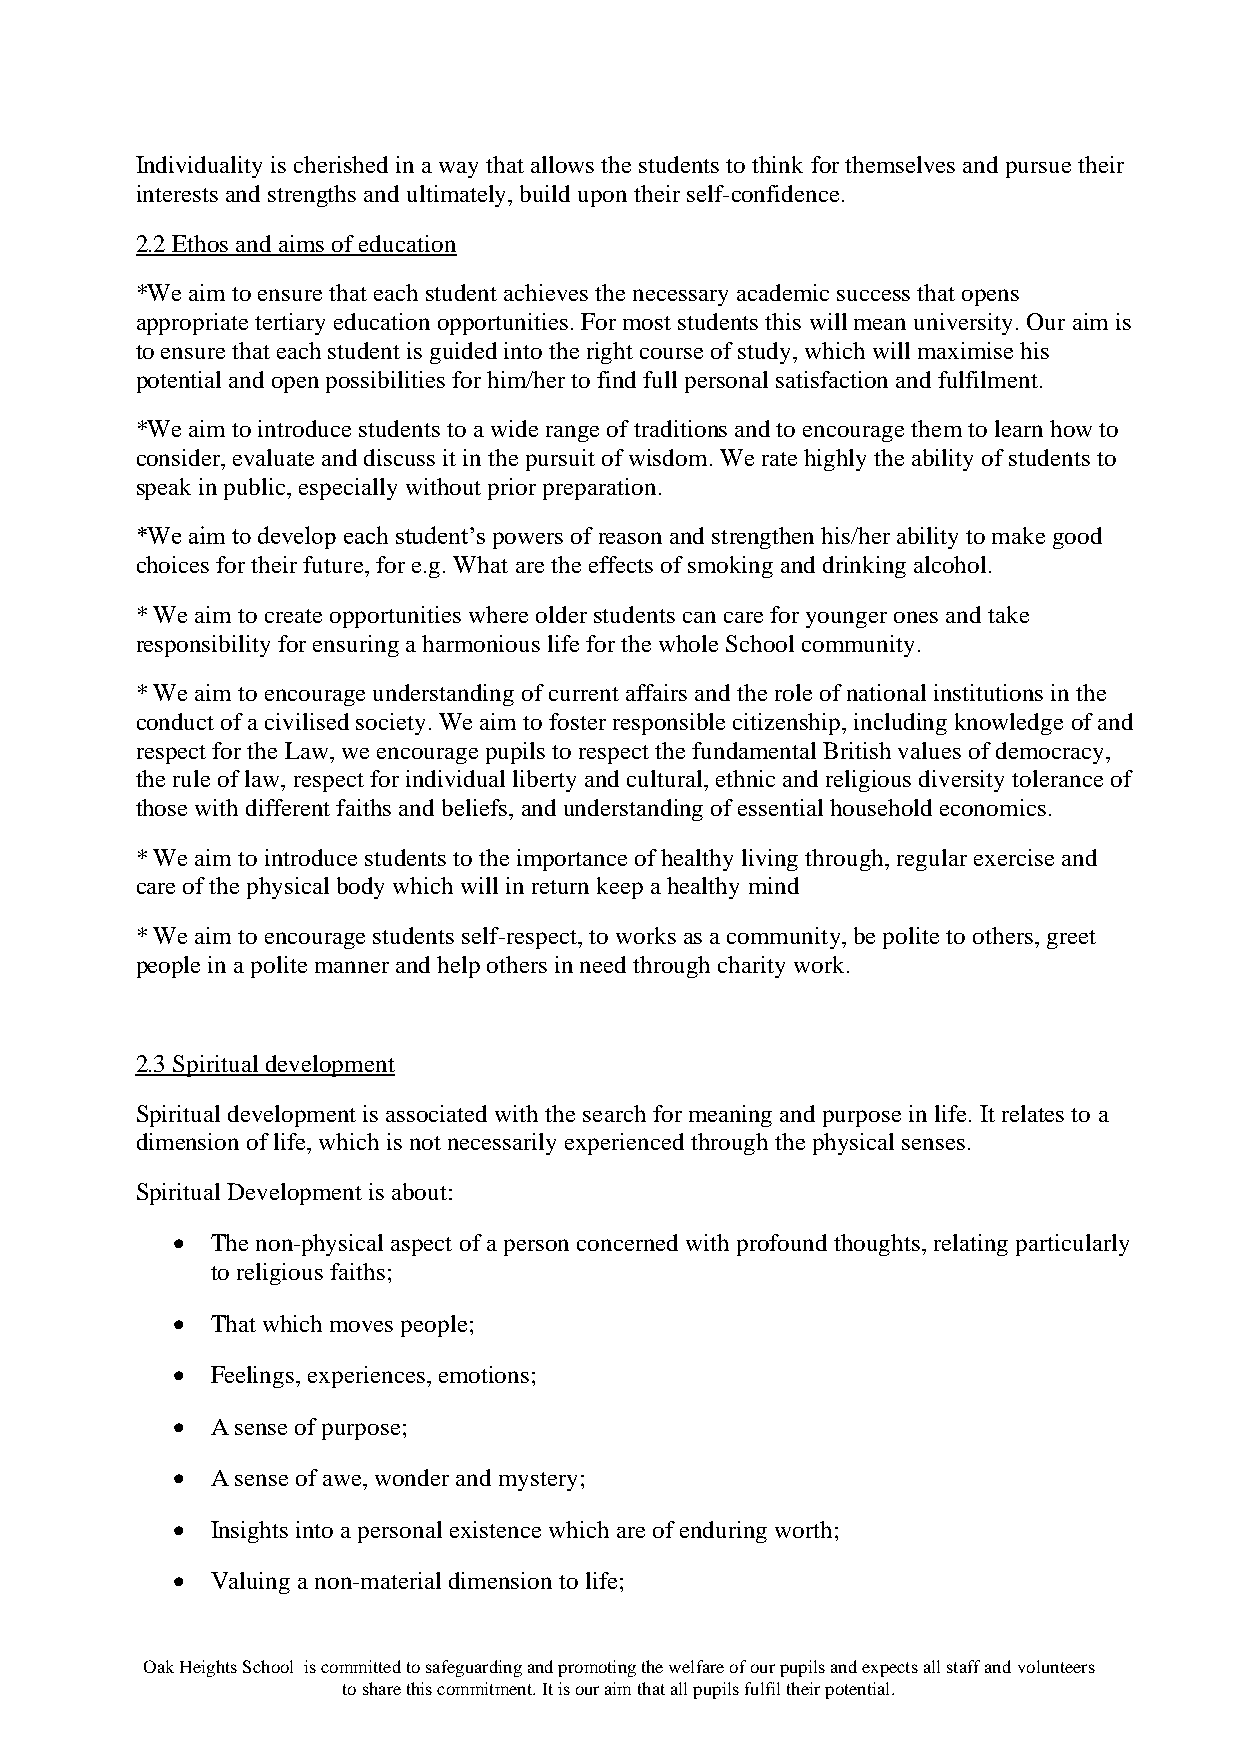
Individuality is cherished in a way that allows the students to think for themselves and pursue their
 interests and strengths and ultimately, build upon their self-confidence.
 2.2 Ethos and aims of education
 *We aim to ensure that each student achieves the necessary academic success that opens
 appropriate tertiary education opportunities. For most students this will mean university. Our aim is
 to ensure that each student is guided into the right course of study, which will maximise his
 potential and open possibilities for him/her to find full personal satisfaction and fulfilment.
 *We aim to introduce students to a wide range of traditions and to encourage them to learn how to
 consider, evaluate and discuss it in the pursuit of wisdom. We rate highly the ability of students to
 speak in public, especially without prior preparation.
 *We aim to develop each student’s powers of reason and strengthen his/her ability to make good
 choices for their future, for e.g. What are the effects of smoking and drinking alcohol.
 * We aim to create opportunities where older students can care for younger ones and take
 responsibility for ensuring a harmonious life for the whole School community.
 * We aim to encourage understanding of current affairs and the role of national institutions in the
 conduct of a civilised society. We aim to foster responsible citizenship, including knowledge of and
 respect for the Law, we encourage pupils to respect the fundamental British values of democracy,
 the rule of law, respect for individual liberty and cultural, ethnic and religious diversity tolerance of
 those with different faiths and beliefs, and understanding of essential household economics.
 * We aim to introduce students to the importance of healthy living through, regular exercise and
 care of the physical body which will in return keep a healthy mind
 * We aim to encourage students self-respect, to works as a community, be polite to others, greet
 people in a polite manner and help others in need through charity work.
 2.3 Spiritual development
 Spiritual development is associated with the search for meaning and purpose in life. It relates to a
 dimension of life, which is not necessarily experienced through the physical senses.
 Spiritual Development is about:
 •  The non-physical aspect of a person concerned with profound thoughts, relating particularly
 to religious faiths;
 •  That which moves people;
 •  Feelings, experiences, emotions;
 •  A sense of purpose;
 •  A sense of awe, wonder and mystery;
 •  Insights into a personal existence which are of enduring worth;
 •  Valuing a non-material dimension to life;
 Oak Heights School is committed to safeguarding and promoting the welfare of our pupils and expects all staff and volunteers
 to share this commitment. It is our aim that all pupils fulfil their potential.